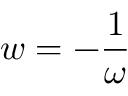
w = - \frac 1 \omega